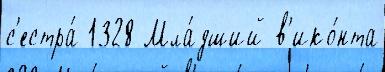
с'естра́ 1328 Мла́дший в'ико́нта